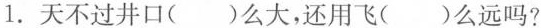
1.天不过井口( )么大，还用飞( )么远吗?